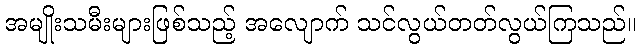
အမျိုးသမီးများဖြစ်သည့် အလျောက် သင်လွယ်တတ်လွယ်ကြသည်။